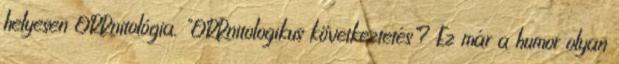
helyesen ORRnitológia. "ORRnitologikus következtetés"? Ez már a humor olyan